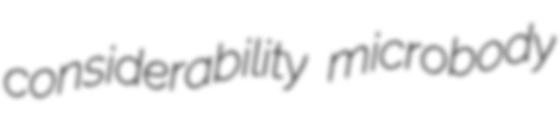
considerability microbody